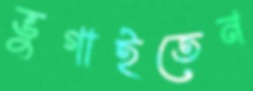
ভুগাইতেন